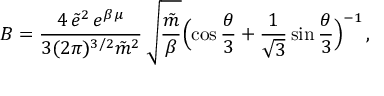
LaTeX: B = \frac { 4 \, \tilde { e } ^ { 2 } \, e ^ { \beta \mu } } { 3 ( 2 \pi ) ^ { 3 / 2 } \tilde { m } ^ { 2 } } \, \sqrt { \frac { \tilde { m } } { \beta } } \Bigl ( \cos \frac { \theta } { 3 } + \frac { 1 } { \sqrt { 3 } } \sin \frac { \theta } { 3 } \Bigr ) ^ { - 1 } \, ,